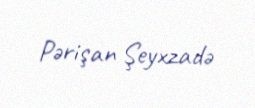
Pərişan Şeyxzadə